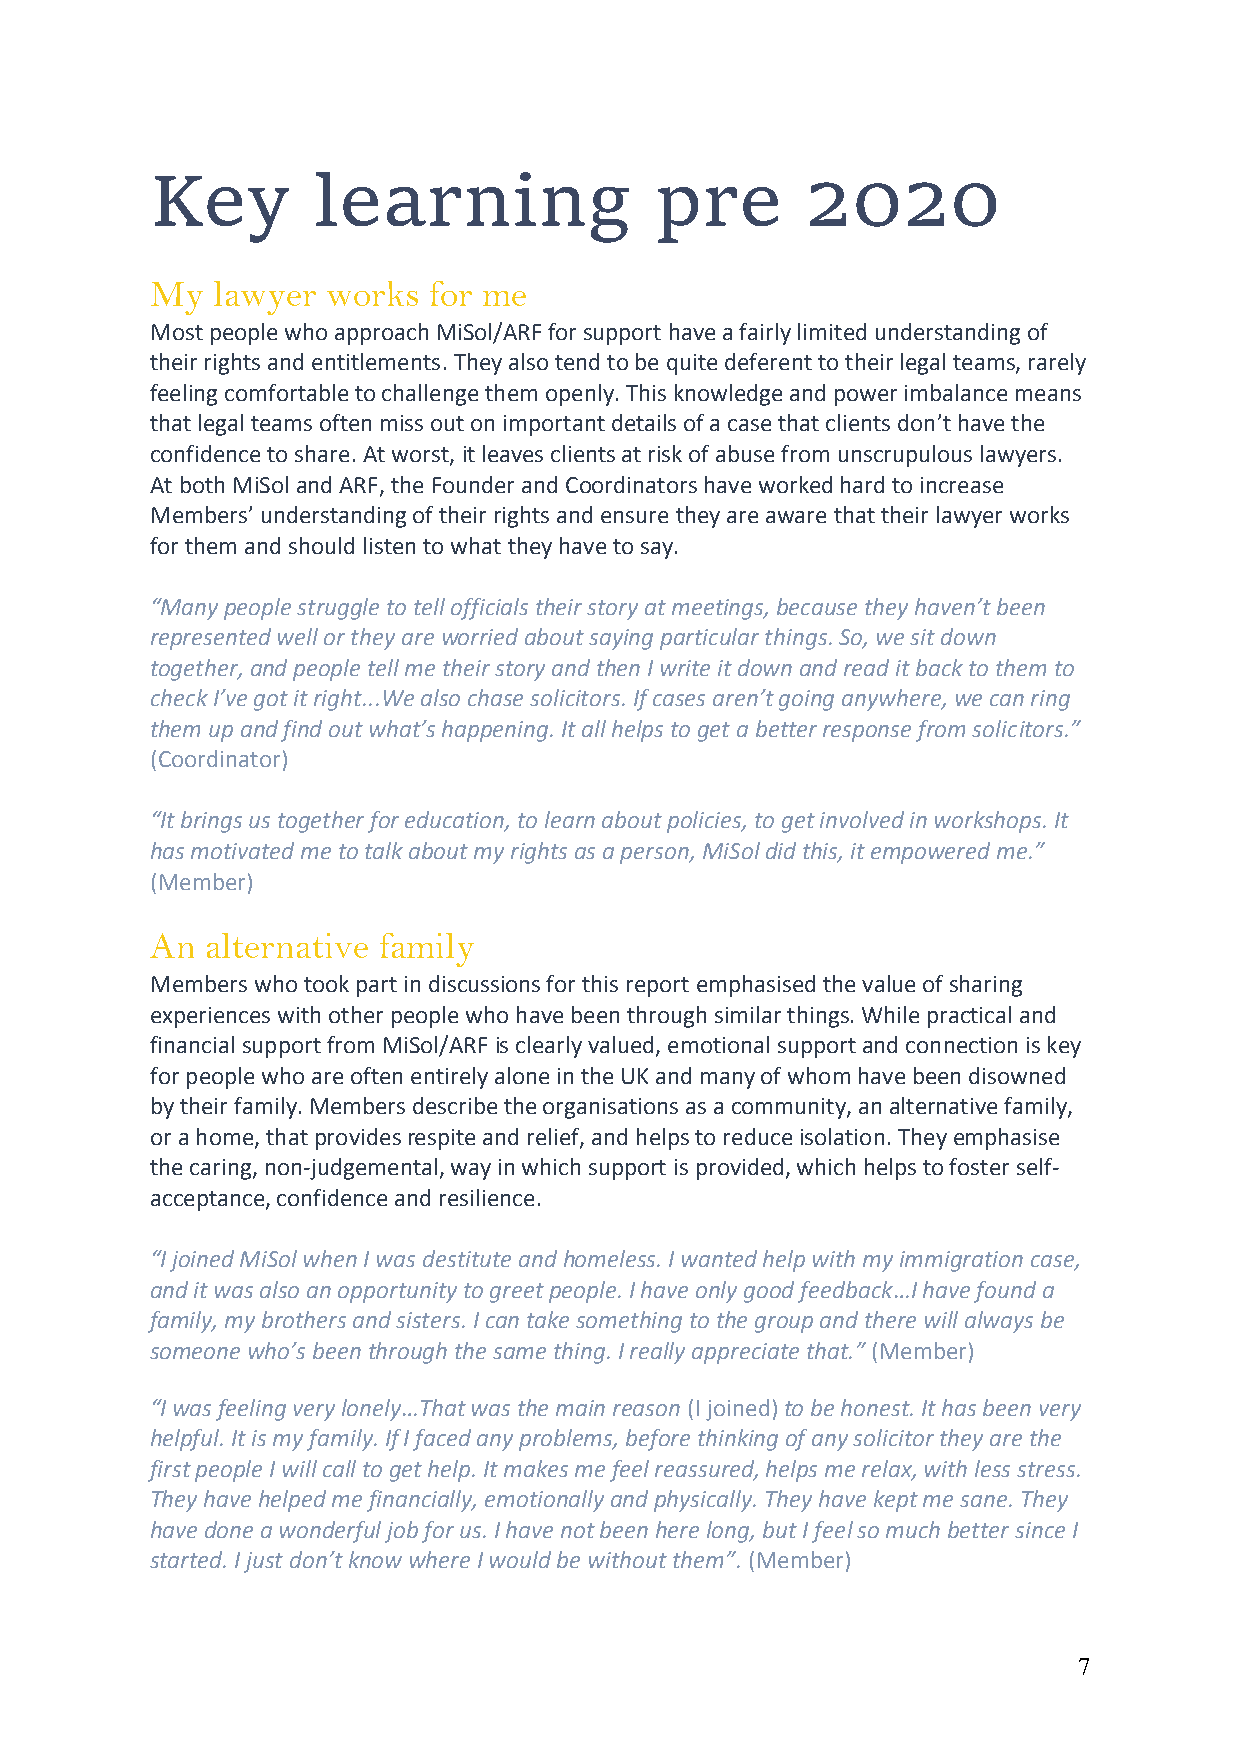
Key        learning              pre       2020
 My  lawyer  works for me
 Most people who approach MiSol/ARF for support have a fairly limited understanding of
 their rights and entitlements. They also tend to be quite deferent to their legal teams, rarely
 feeling comfortable to challenge them openly. This knowledge and power imbalance means
 that legal teams often miss out on important details of a case that clients don’t have the
 confidence to share. At worst, it leaves clients at risk of abuse from unscrupulous lawyers.
 At both MiSol and ARF, the Founder and Coordinators have worked hard to increase
 Members’ understanding of their rights and ensure they are aware that their lawyer works
 for them and should listen to what they have to say.
 “Many people struggle to tell officials their story at meetings, because they haven’t been
 represented well or they are worried about saying particular things. So, we sit down
 together, and people tell me their story and then I write it down and read it back to them to
 check I’ve got it right...We also chase solicitors. If cases aren’t going anywhere, we can ring
 them up and find out what’s happening. It all helps to get a better response from solicitors.”
 (Coordinator)
 “It brings us together for education, to learn about policies, to get involved in workshops. It
 has motivated me to talk about my rights as a person, MiSol did this, it empowered me.”
 (Member)
 An  alternative family
 Members who took part in discussions for this report emphasised the value of sharing
 experiences with other people who have been through similar things. While practical and
 financial support from MiSol/ARF is clearly valued, emotional support and connection is key
 for people who are often entirely alone in the UK and many of whom have been disowned
 by their family. Members describe the organisations as a community, an alternative family,
 or a home, that provides respite and relief, and helps to reduce isolation. They emphasise
 the caring, non-judgemental, way in which support is provided, which helps to foster self-
 acceptance, confidence and resilience.
 “I joined MiSol when I was destitute and homeless. I wanted help with my immigration case,
 and it was also an opportunity to greet people. I have only good feedback…I have found a
 family, my brothers and sisters. I can take something to the group and there will always be
 someone who’s been through the same thing. I really appreciate that.” (Member)
 “I was feeling very lonely…That was the main reason (I joined) to be honest. It has been very
 helpful. It is my family. If I faced any problems, before thinking of any solicitor they are the
 first people I will call to get help. It makes me feel reassured, helps me relax, with less stress.
 They have helped me financially, emotionally and physically. They have kept me sane. They
 have done a wonderful job for us. I have not been here long, but I feel so much better since I
 started. I just don’t know where I would be without them”. (Member)
 7